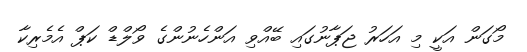
މޯގަން އަކީ މި އަހަރު ޖަޕާނުގައި ބޭއްވި އަންހެނުންގެ ވޯލްޑް ކަޕް އެމެރިކާ